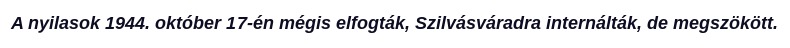
A nyilasok 1944. október 17-én mégis elfogták, Szilvásváradra internálták, de megszökött.